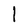
Character: l